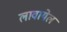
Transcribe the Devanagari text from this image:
लावायेल